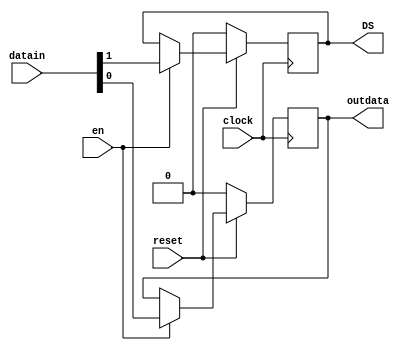
`timescale 1ns / 1ps

module flipsdataw(
    input en,clock,reset,
    input [1:0] datain,
    output reg  outdata,
	 output reg DS
    );
	 
	 //reg es1,es2;
	 always @ (posedge clock) begin
		
		if (!reset) begin
			DS<=0;
			outdata<=0;
			//es1<=0;
			//es2<=0;
		end
		

		else if (en) begin
			outdata<=datain[0];
			DS<=datain[1];
			//es1<=datain[0];
			//es2<=datain[1];
			
		end
	end

endmodule